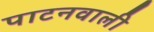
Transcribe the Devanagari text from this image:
पाटनवाली